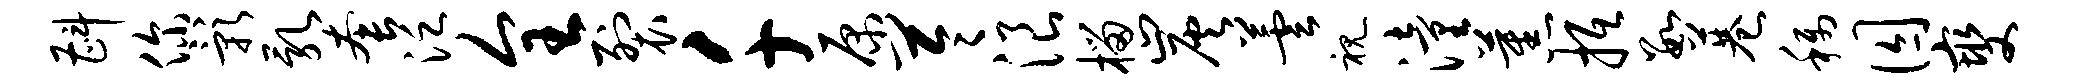
斟你影乳套泛全裂千原苓浪榴炭芸视潼蕉抵数巷称囚燮